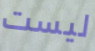
ليست